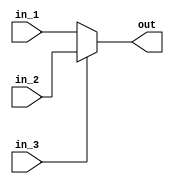
module mux(in_1, in_2, in_3, out);

input [3:0] in_1;
input [3:0] in_2;
input in_3;

output[3:0] out;

assign out = in_3 ? in_2 : in_1;


endmodule